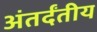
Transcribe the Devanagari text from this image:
अंतर्दंतीय